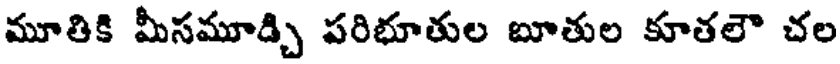
మూతికి మీసమూడ్చి పరిభూతుల బూతుల కూతలౌ చల